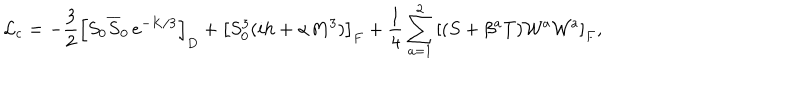
{ \cal L } _ { \mathrm { c } } = - { \frac { 3 } { 2 } } \left[ S _ { 0 } \overline { { S } } _ { 0 } \, e ^ { - K / 3 } \right] _ { D } + \left[ S _ { 0 } ^ { 3 } ( i h + \alpha M ^ { 3 } ) \right] _ { F } + { \frac { 1 } { 4 } } \sum _ { a = 1 } ^ { 2 } { \left[ ( S + \beta ^ { a } T ) { \cal W } ^ { a } { \cal W } ^ { a } \right] _ { F } } ,